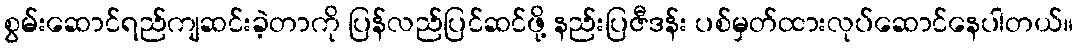
စွမ်းဆောင်ရည်ကျဆင်းခဲ့တာကို ပြန်လည်ပြင်ဆင်ဖို့ နည်းပြဇီဒန်း ပစ်မှတ်ထားလုပ်ဆောင်နေပါတယ်။